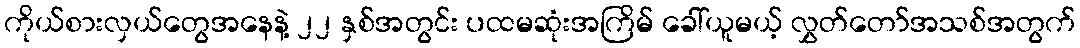
ကိုယ်စားလှယ်တွေအနေနဲ့ ၂၂ နှစ်အတွင်း ပထမဆုံးအကြိမ် ခေါ်ယူမယ့် လွှတ်တော်အသစ်အတွက်